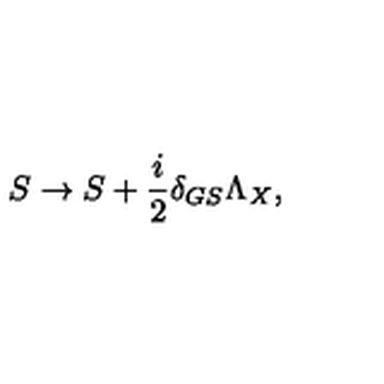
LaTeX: S \rightarrow S + { \frac { i } { 2 } } \delta _ { G S } \Lambda _ { X } ,